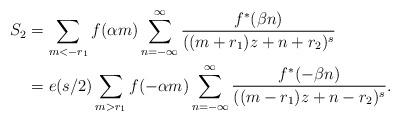
LaTeX: \begin{align*}S_{2} & =\sum\limits_{m<-r_{1}}f(\alpha m)\sum\limits_{n=-\infty}^{\infty}\frac{f^{\ast}(\beta n)}{((m+r_{1})z+n+r_{2})^{s}}\\& =e(s/2)\sum\limits_{m>r_{1}}f(-\alpha m)\sum\limits_{n=-\infty}^{\infty}\frac{f^{\ast}(-\beta n)}{((m-r_{1})z+n-r_{2})^{s}}.\end{align*}